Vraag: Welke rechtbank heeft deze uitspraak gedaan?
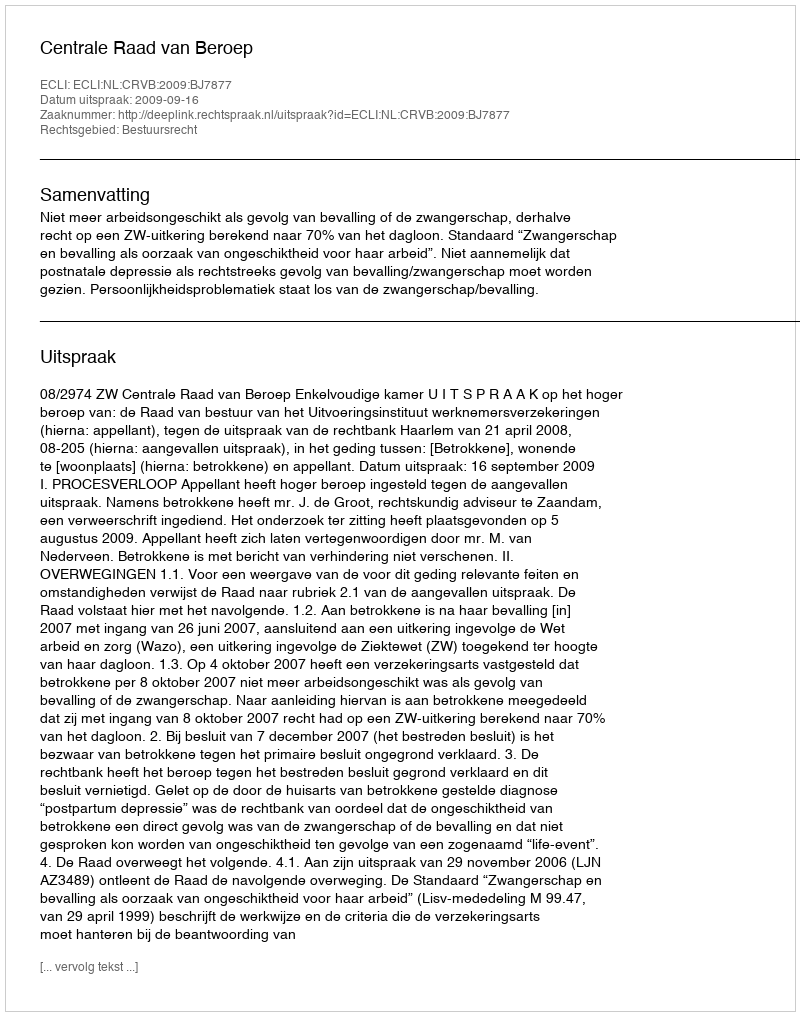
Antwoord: Centrale Raad van Beroep